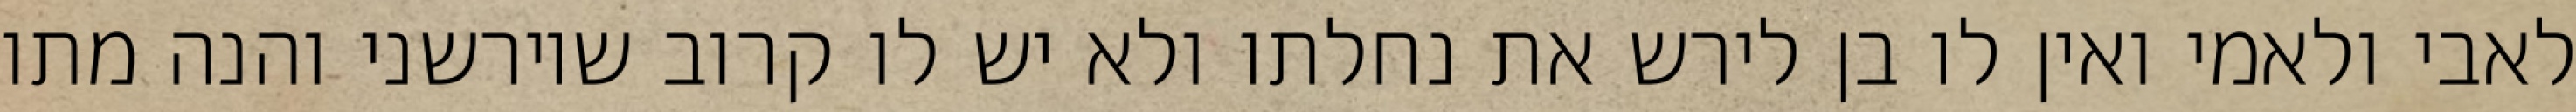
לאבי ולאמי ואין לו בן לירש את נחלתו ולא יש לו קרוב שיורשני והנה מתו